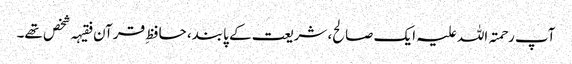
آپ رحمتہ اللہ علیہ ایک صالح، شریعت کے پابند، حافظِ قرآن فقیہہ شخص تھے۔